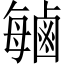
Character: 𫜈